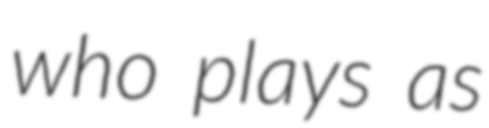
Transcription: who plays as